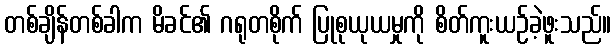
တစ်ချိန်တစ်ခါက မိခင်၏ ဂရုတစိုက် ပြုစုယုယမှုကို စိတ်ကူးယဉ်ခဲ့ဖူးသည်။